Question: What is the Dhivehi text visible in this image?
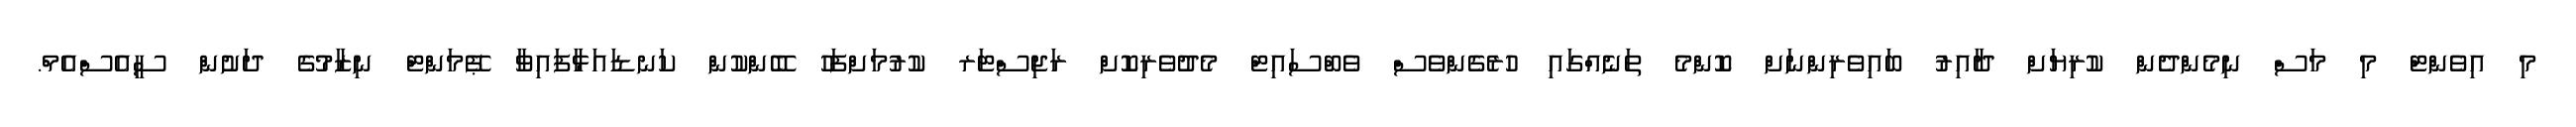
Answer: މި އިވެންޓް މި މަސް ނިމެންދެން ކުރިޔަށް ދާއިރު ބައިވެރިންނަށް ކޮންމެ ތަނެއްގައި ހުރެގެންވެސް ވެބްސައިޓް މެދުވެރިކޮށް ރަޖިސްޓަރ ކުރުމަށްފަހު ބޭންކުން ކަނޑައަޅާފައިވާ ޕޭމަންޓް ނިޒާމުގެ ދަށުން ސީއެސްއެމް.